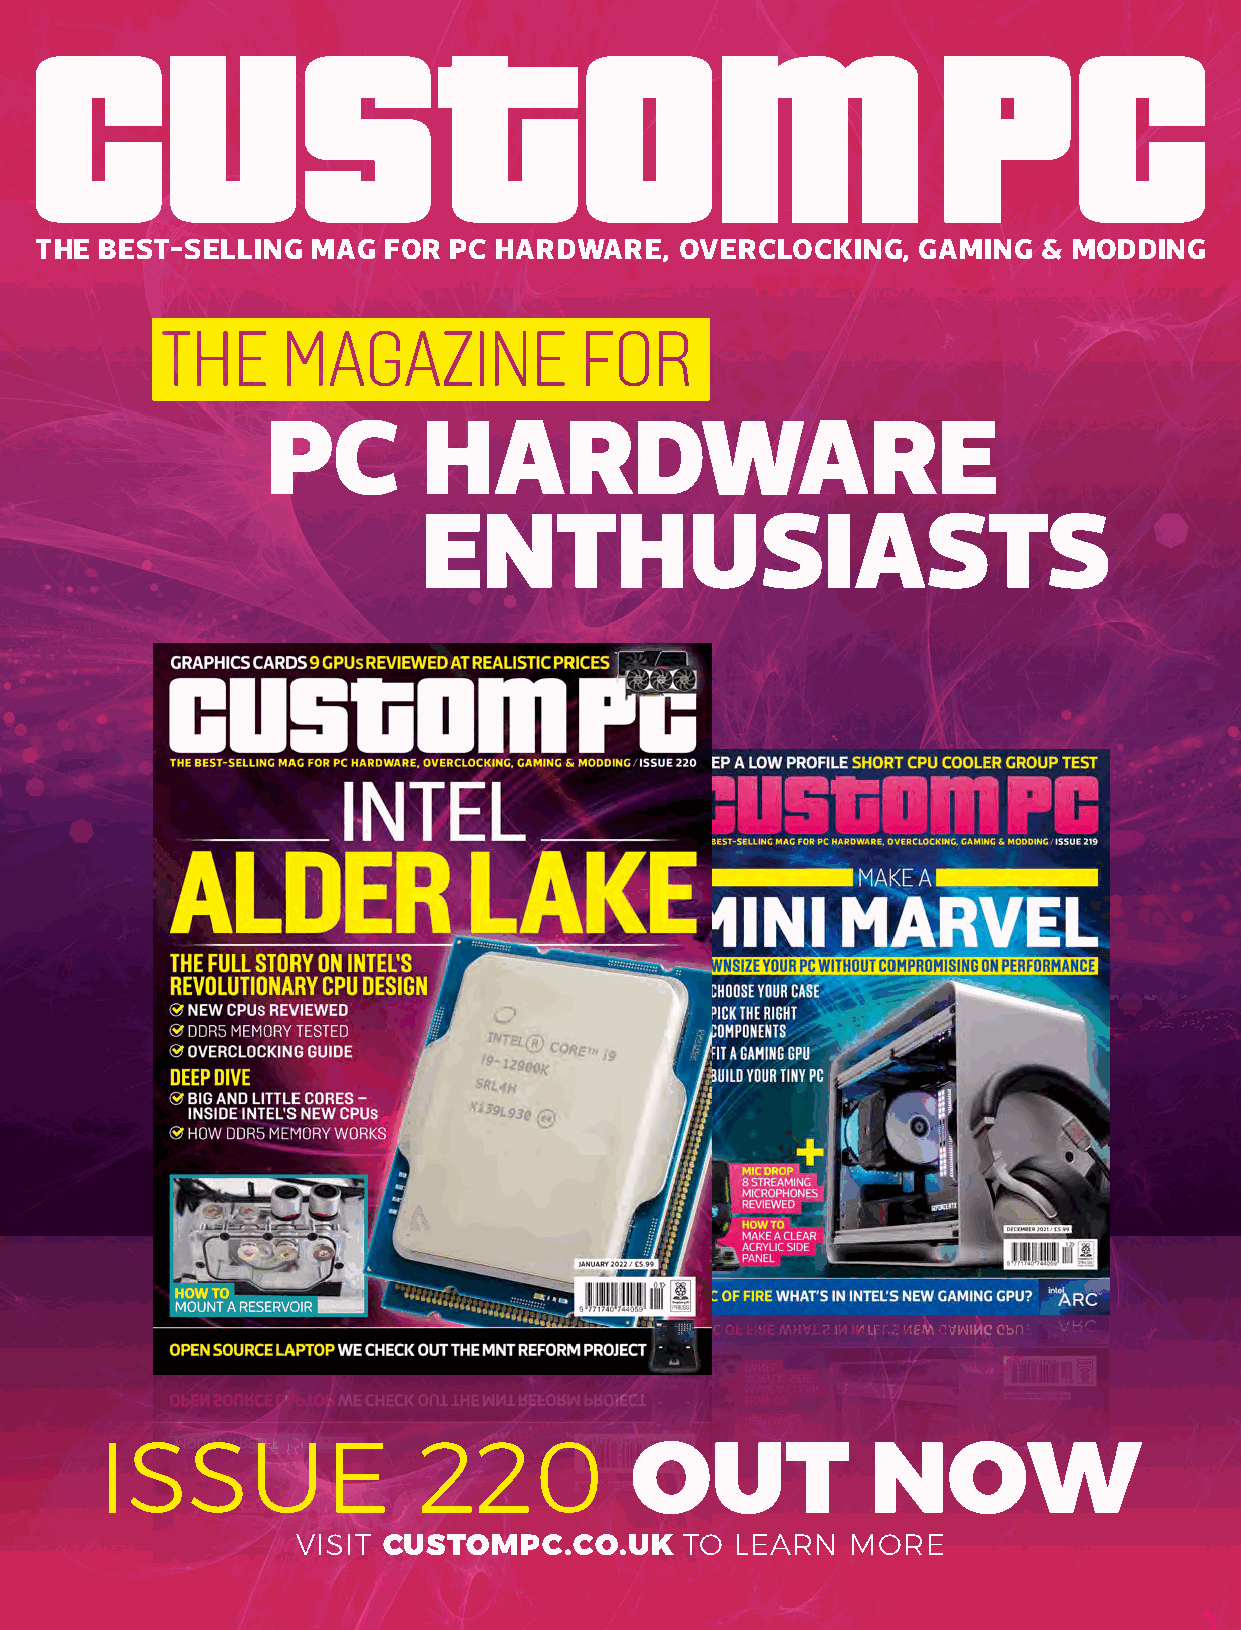
THE  BEST-SELLING  MAG FOR  PC HARDWARE,   OVERCLOCKING,   GAMING  & MODDING
 PC        HARDWARE
 ENTHUSIASTS
 ISSUE                 220
 OUT             NOW
 VISIT CUSTOMPC.CO.UK     TO  LEARN  MORE